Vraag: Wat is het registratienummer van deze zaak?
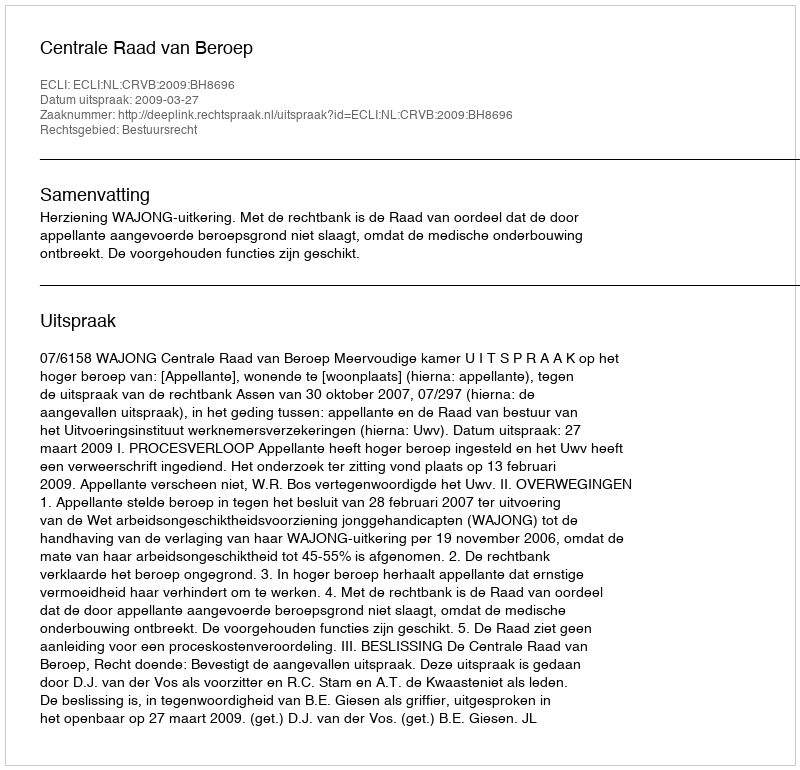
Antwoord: http://deeplink.rechtspraak.nl/uitspraak?id=ECLI:NL:CRVB:2009:BH8696